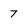
Character: 7